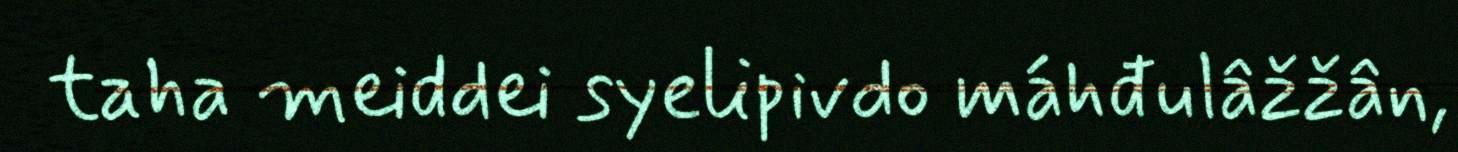
taha meiddei syelipivdo máhđulâžžân,